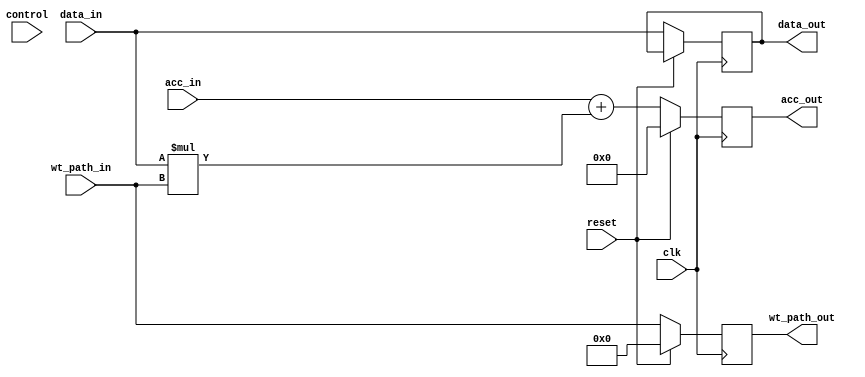
module MAC #(
    parameter bit_width = 8,
    parameter acc_width = 32
)(
    input clk,
    input control,
    input reset,
    input [acc_width - 1:0] acc_in,
    input [bit_width - 1:0] data_in,
    input [bit_width - 1:0] wt_path_in,
    output reg [acc_width - 1:0] acc_out,
    output reg [bit_width - 1:0] data_out,
    output reg [bit_width - 1:0] wt_path_out
);

    reg [bit_width + bit_width - 1:0] result;
    reg [acc_width - 1:0] acc_reg;
    reg [bit_width - 1:0] weight_reg;

    always @(posedge clk) begin
        if (reset) begin
            acc_out <= 0;
            wt_path_out <= 0;
        end
        else begin
            acc_out <= acc_reg;
            wt_path_out <= wt_path_in;
            data_out <= data_in;
        end
    end

    always @* begin
        result = data_in * wt_path_in;
        acc_reg = acc_in + result;
    end
endmodule